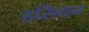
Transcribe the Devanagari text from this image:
हसियन